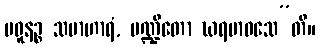
မဓူနဉ္စ သမာဟာရံ, ပဏ္ဍိတော ဃရမာဝသေ”တိ။